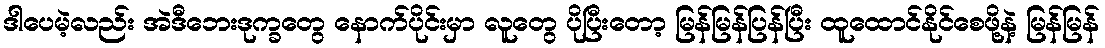
ဒါပေမဲ့လည်း အဲဒီဘေးဒုက္ခတွေ နောက်ပိုင်းမှာ လူတွေ ပိုပြီးတော့ မြန်မြန်ပြန်ပြီး ထူထောင်နိုင်စေဖို့နဲ့ မြန်မြန်